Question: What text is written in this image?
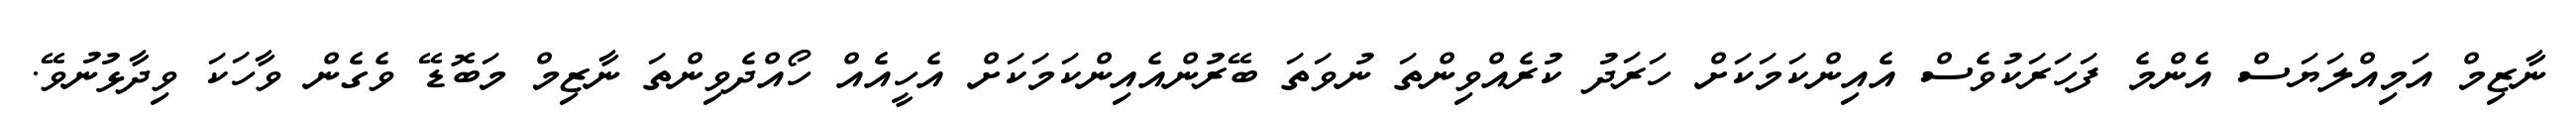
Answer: ނާޒިމް އަމިއްލަޔަސް އެންމެ ފަހަރަކުވެސް އެއިންކަމަކަށް ހަރަދު ކުރެއްވިންތަ ނުވަތަ ބޭރުންއެއިންކަމަކަށް އެހީއެއް ހޯއްދެވިންތަ ނާޒިމް މަބޮޑޭ ވެގެން ވާހަކަ ވިދާޅުނުވޭ.